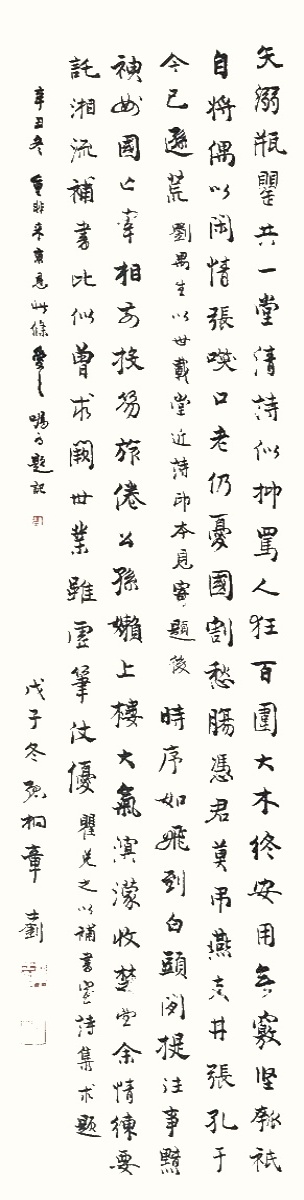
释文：矢溺瓶罂共一堂，清诗似抑骂人狂。百围大木终安用，无窍坚瓠祇自将。偶以闲情张笑口，老仍忧国割愁肠。凭君莫吊燕支井，张孔于今已逊荒。刘禺生以世载堂近诗印本见寄题后。时序如飞到白头，闲提往事黯神州。国亡宰相前投笏，旅倦公孙懒上楼。大气溟蒙收楚望，余情练要托湘流。补书比似曾求阙，世业虽虚笔仗优。瞿兑之以补书室诗集求题。戊子（1948）冬，孤桐章士钊。辛丑（1961）冬，重非来京，见此条爱之，嘱为题记。